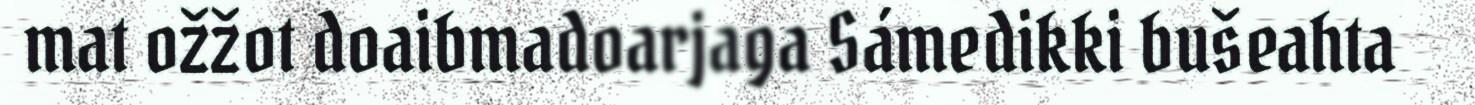
mat ožžot doaibmadoarjaga Sámedikki bušeahta